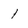
Character: 1